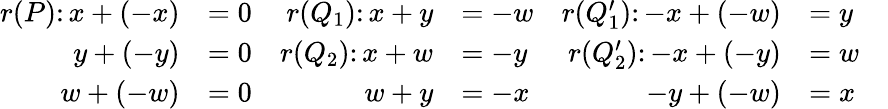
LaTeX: \begin{array}{rlrlrlr}{r(P)\colon x+(-x)}&{=0}&{r(Q_{1})\colon x+y}&{=-w}&{r(Q_{1}^{\prime})\colon-x+(-w)}&{=y}\\ {y+(-y)}&{=0}&{r(Q_{2})\colon x+w}&{=-y}&{r(Q_{2}^{\prime})\colon-x+(-y)}&{=w}\\ {w+(-w)}&{=0}&{w+y}&{=-x}&{-y+(-w)}&{=x}&\end{array}